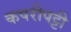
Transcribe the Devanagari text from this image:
कपरीपट्टी